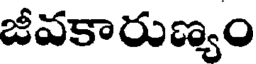
జీవకారుణ్యం